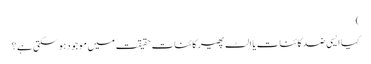
)
کیا ایسی ضد کائنات یا الٹ پھیر کائنات حقیقت میں موجود ہو سکتی ہے ؟